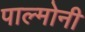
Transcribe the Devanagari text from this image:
पाल्मोनी